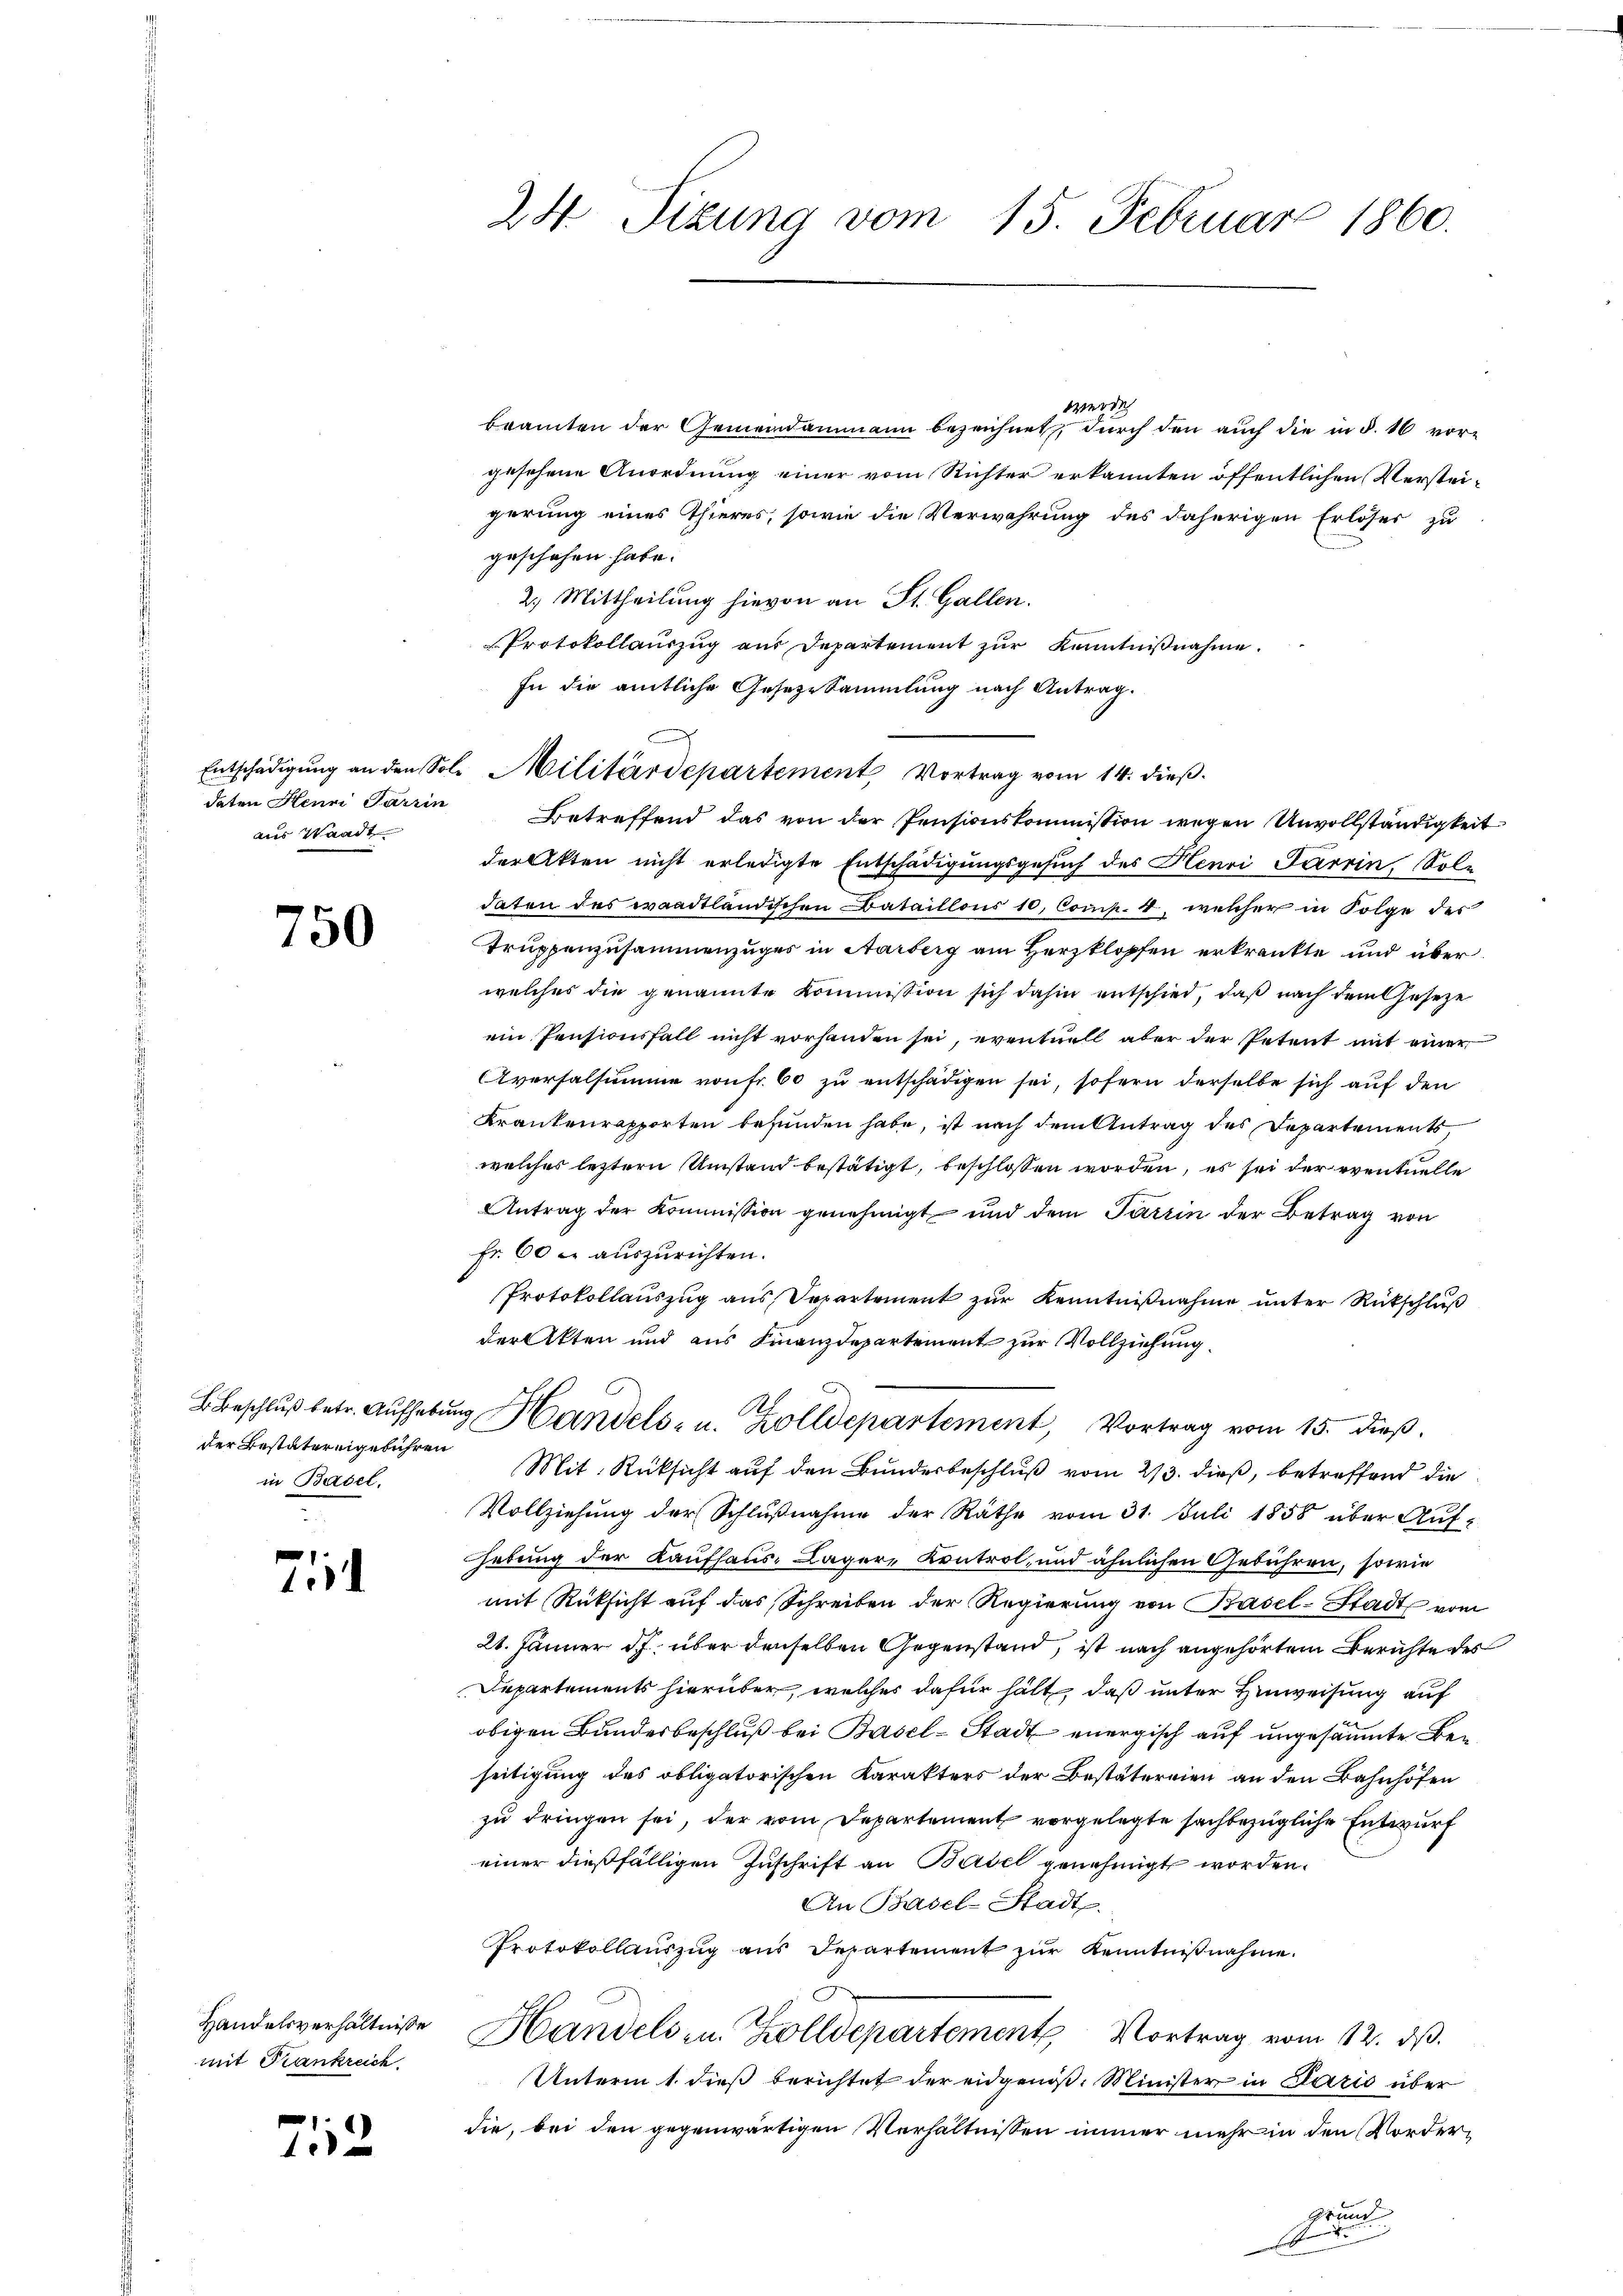
daten Henni Parrin
aus Waadt

750

der Bestätereigebühren
in Basel.

714

Handelsverhältnisse
mit Frankreich

712

24 Tizung vom 15. Februar 1860.

278.
beamten der Gemeindammann bezeichnet, durch den auch die in d. 16 vorgesehene Anordnung einer vom Richter erkannten öffentlichen Versteigerung eines Thieres, sowie die Verwahrung des daherigen Erlöser zu
geschehen habe.
2.) Mittheilung hievon an St. Gallen.
Protokollauszug aus Departement zŭr Kenntniβnahme.
In die amtliche Gesetze Sammlung nach Antrag.
Betreffend das von der Pensionskommission wegen Unvollständigkeit
der Akten nicht erledigte Entschädigungsgesuch des Henri Parrin, Sole
daten des waadtländischen Bataillons 10, Comp. 4, welcher in Folge des
Truppenzusammenzuges in Aarberg am Herzklopfen erkränkte und überwelches die genannte Kommission sich dahin entschied, daß nach dem Geseze
ein Pensionsfall nicht vorhanden sei, eventuell aber der Petent mit einer
Aversalsumme von Fr. 60 zu entschädigen sei, sofern derselbe sich auf den
Krankenrapporten befunden habe, ist nach dem Antrag des Departement
welches leztern Umstand bestätigt, beschlossen worden, es sei der eventuelle
Antrag der Kommission genehmigt und dem Partin der Betrag von
Fr. 60 u. auszurichten.
Protokollauszug aus Separtement zur Kenntnißnahme unter Rückschluß
der Akten und aus Finanzdepartement zur Vollziehung.
.
Ab
B. Beschlŭβ betr. Aŭfhebŭng Handels- u. Zolldepartement, Vortrag vom 15. dieβ.
Mit Rücksicht auf den Bundesbeschluß vom 23. dieß, betreffend die
Vollziehung der Schlußnahme der Räthe vom 31. Juli 1858 über Aufhebung der Kaufhaus- Lager, Kontrol, und ähnlichen Gebühren, sowie
mit Rücksicht auf das Schreiben der Regierung von Basel-Stadt vom
21. Jänner J. über denselben Gegenstand, ist nach angehörtem Berichte des
Departements hierüber, welches dafür hält, daß unter Hinweisung auf
obigen Bundesbeschluß bei Basel-Stadt energisch auf ungesäumte Beseitigung des obligatorischen Karakters der Bestätereien an den Bahnhöfen
zu dringen sei, der vom Departement vorgelegte sachbezügliche Entwurf
einer dießfälligen Zuschrift an Basel genehmigt worden.
An Basel-Stadt.
Protokollauszug aus Departement zur Kenntnißnahme.
Handels- u. Zolldepartement Vortrag vom 12. ds.
Unterm 1. dieß berichtet der eidgenöß. Minister in Clario über
die, bei den gegenwärtigen Verhältnissen immer mehr in den Nordergrund
r

Entschädigung an den Sol. Militärdepartement Vortrag vom 14. dieß.